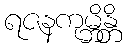
ရဇနကုမ္ဘိန္တိ